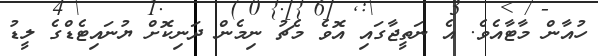
ހުއާން މާޓާއެވެ. އެ ނަތީޖާގައި އޮވެ މެޗު ނިމެން ދަނިކޮށް ޔުނައިޓެޑްގެ ލީޑު